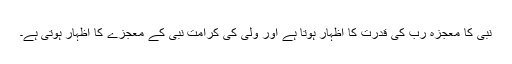
نبی کا معجزہ رب کی قدرت کا اظہار ہوتا ہے اور ولی کی کرامت نبی کے معجزے کا اظہار ہوتی ہے۔